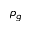
\rho _ { g }